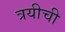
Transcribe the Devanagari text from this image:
त्रयीची